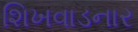
શિખવાડનાર